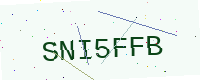
Text: SNI5FFB